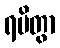
ရမိတွာ